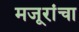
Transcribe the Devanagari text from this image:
मजूरांचा